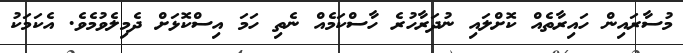
މުސާރައިން ހައިރާތެއް ކޮށްލައި ނުދަރާހުރެ ހާސްކަމެއް ނެތި ހަމަ އިސްކޮޅަށް ދެމިލެވުމެވެ. އެކަމަކު